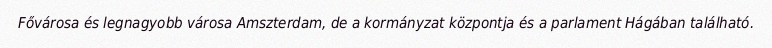
Fővárosa és legnagyobb városa Amszterdam, de a kormányzat központja és a parlament Hágában található.